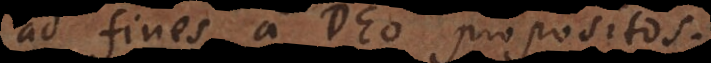
ad fines a Deo propositos.